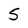
Character: 5